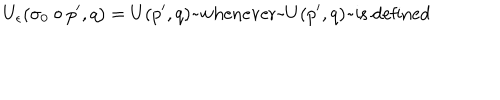
LaTeX: U _ { \epsilon } ( \sigma _ { 0 } \circ p ^ { \prime } , q ) = U ( p ^ { \prime } , q ) \mathrm { ~ w h e n e v e r ~ } U ( p ^ { \prime } , q ) \mathrm { ~ i s ~ d e f i n e d }